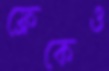
ফ্রেকেও